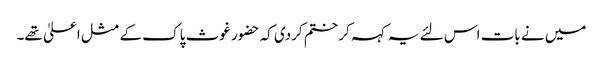
میں نے بات اس لئے یہ کہہ کر ختم کردی کہ حضور غوث پاک کے مثل اعلیٰ تھے۔